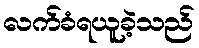
လက်ခံရယူခဲ့သည်